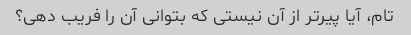
تام، آیا پیرتر از آن نیستی که بتوانی آن را فریب دهی؟